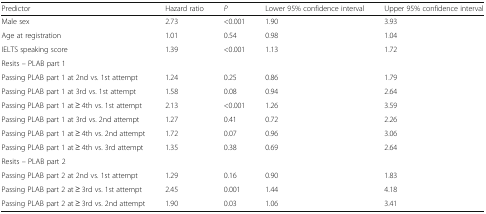
<table><thead><tr><td><b>Predictor</b></td><td><b>Hazard ratio</b></td><td><b><i>P</i></b></td><td><b>Lower 95% confidence interval</b></td><td><b>Upper 95% confidence interval</b></td></tr></thead><tbody><tr><td>Male sex</td><td>2.73</td><td>&lt;0.001</td><td>1.90</td><td>3.93</td></tr><tr><td>Age at registration</td><td>1.01</td><td>0.54</td><td>0.98</td><td>1.04</td></tr><tr><td>IELTS speaking score</td><td>1.39</td><td>&lt;0.001</td><td>1.13</td><td>1.72</td></tr><tr><td colspan="5">Resits – PLAB part 1</td></tr><tr><td>Passing PLAB part 1 at 2nd vs. 1st attempt</td><td>1.24</td><td>0.25</td><td>0.86</td><td>1.79</td></tr><tr><td>Passing PLAB part 1 at 3rd vs. 1st attempt</td><td>1.58</td><td>0.08</td><td>0.94</td><td>2.64</td></tr><tr><td>Passing PLAB part 1 at ≥ 4th vs. 1st attempt</td><td>2.13</td><td>&lt;0.001</td><td>1.26</td><td>3.59</td></tr><tr><td>Passing PLAB part 1 at 3rd vs. 2nd attempt</td><td>1.27</td><td>0.41</td><td>0.72</td><td>2.26</td></tr><tr><td>Passing PLAB part 1 at ≥ 4th vs. 2nd attempt</td><td>1.72</td><td>0.07</td><td>0.96</td><td>3.06</td></tr><tr><td>Passing PLAB part 1 at ≥ 4th vs. 3rd attempt</td><td>1.35</td><td>0.38</td><td>0.69</td><td>2.64</td></tr><tr><td colspan="5">Resits – PLAB part 2</td></tr><tr><td>Passing PLAB part 2 at 2nd vs. 1st attempt</td><td>1.29</td><td>0.16</td><td>0.90</td><td>1.83</td></tr><tr><td>Passing PLAB part 2 at ≥ 3rd vs. 1st attempt</td><td>2.45</td><td>0.001</td><td>1.44</td><td>4.18</td></tr><tr><td>Passing PLAB part 2 at ≥ 3rd vs. 2nd attempt</td><td>1.90</td><td>0.03</td><td>1.06</td><td>3.41</td></tr></tbody></table>